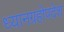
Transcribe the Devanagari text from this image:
ध्यानग्रहोपदेश